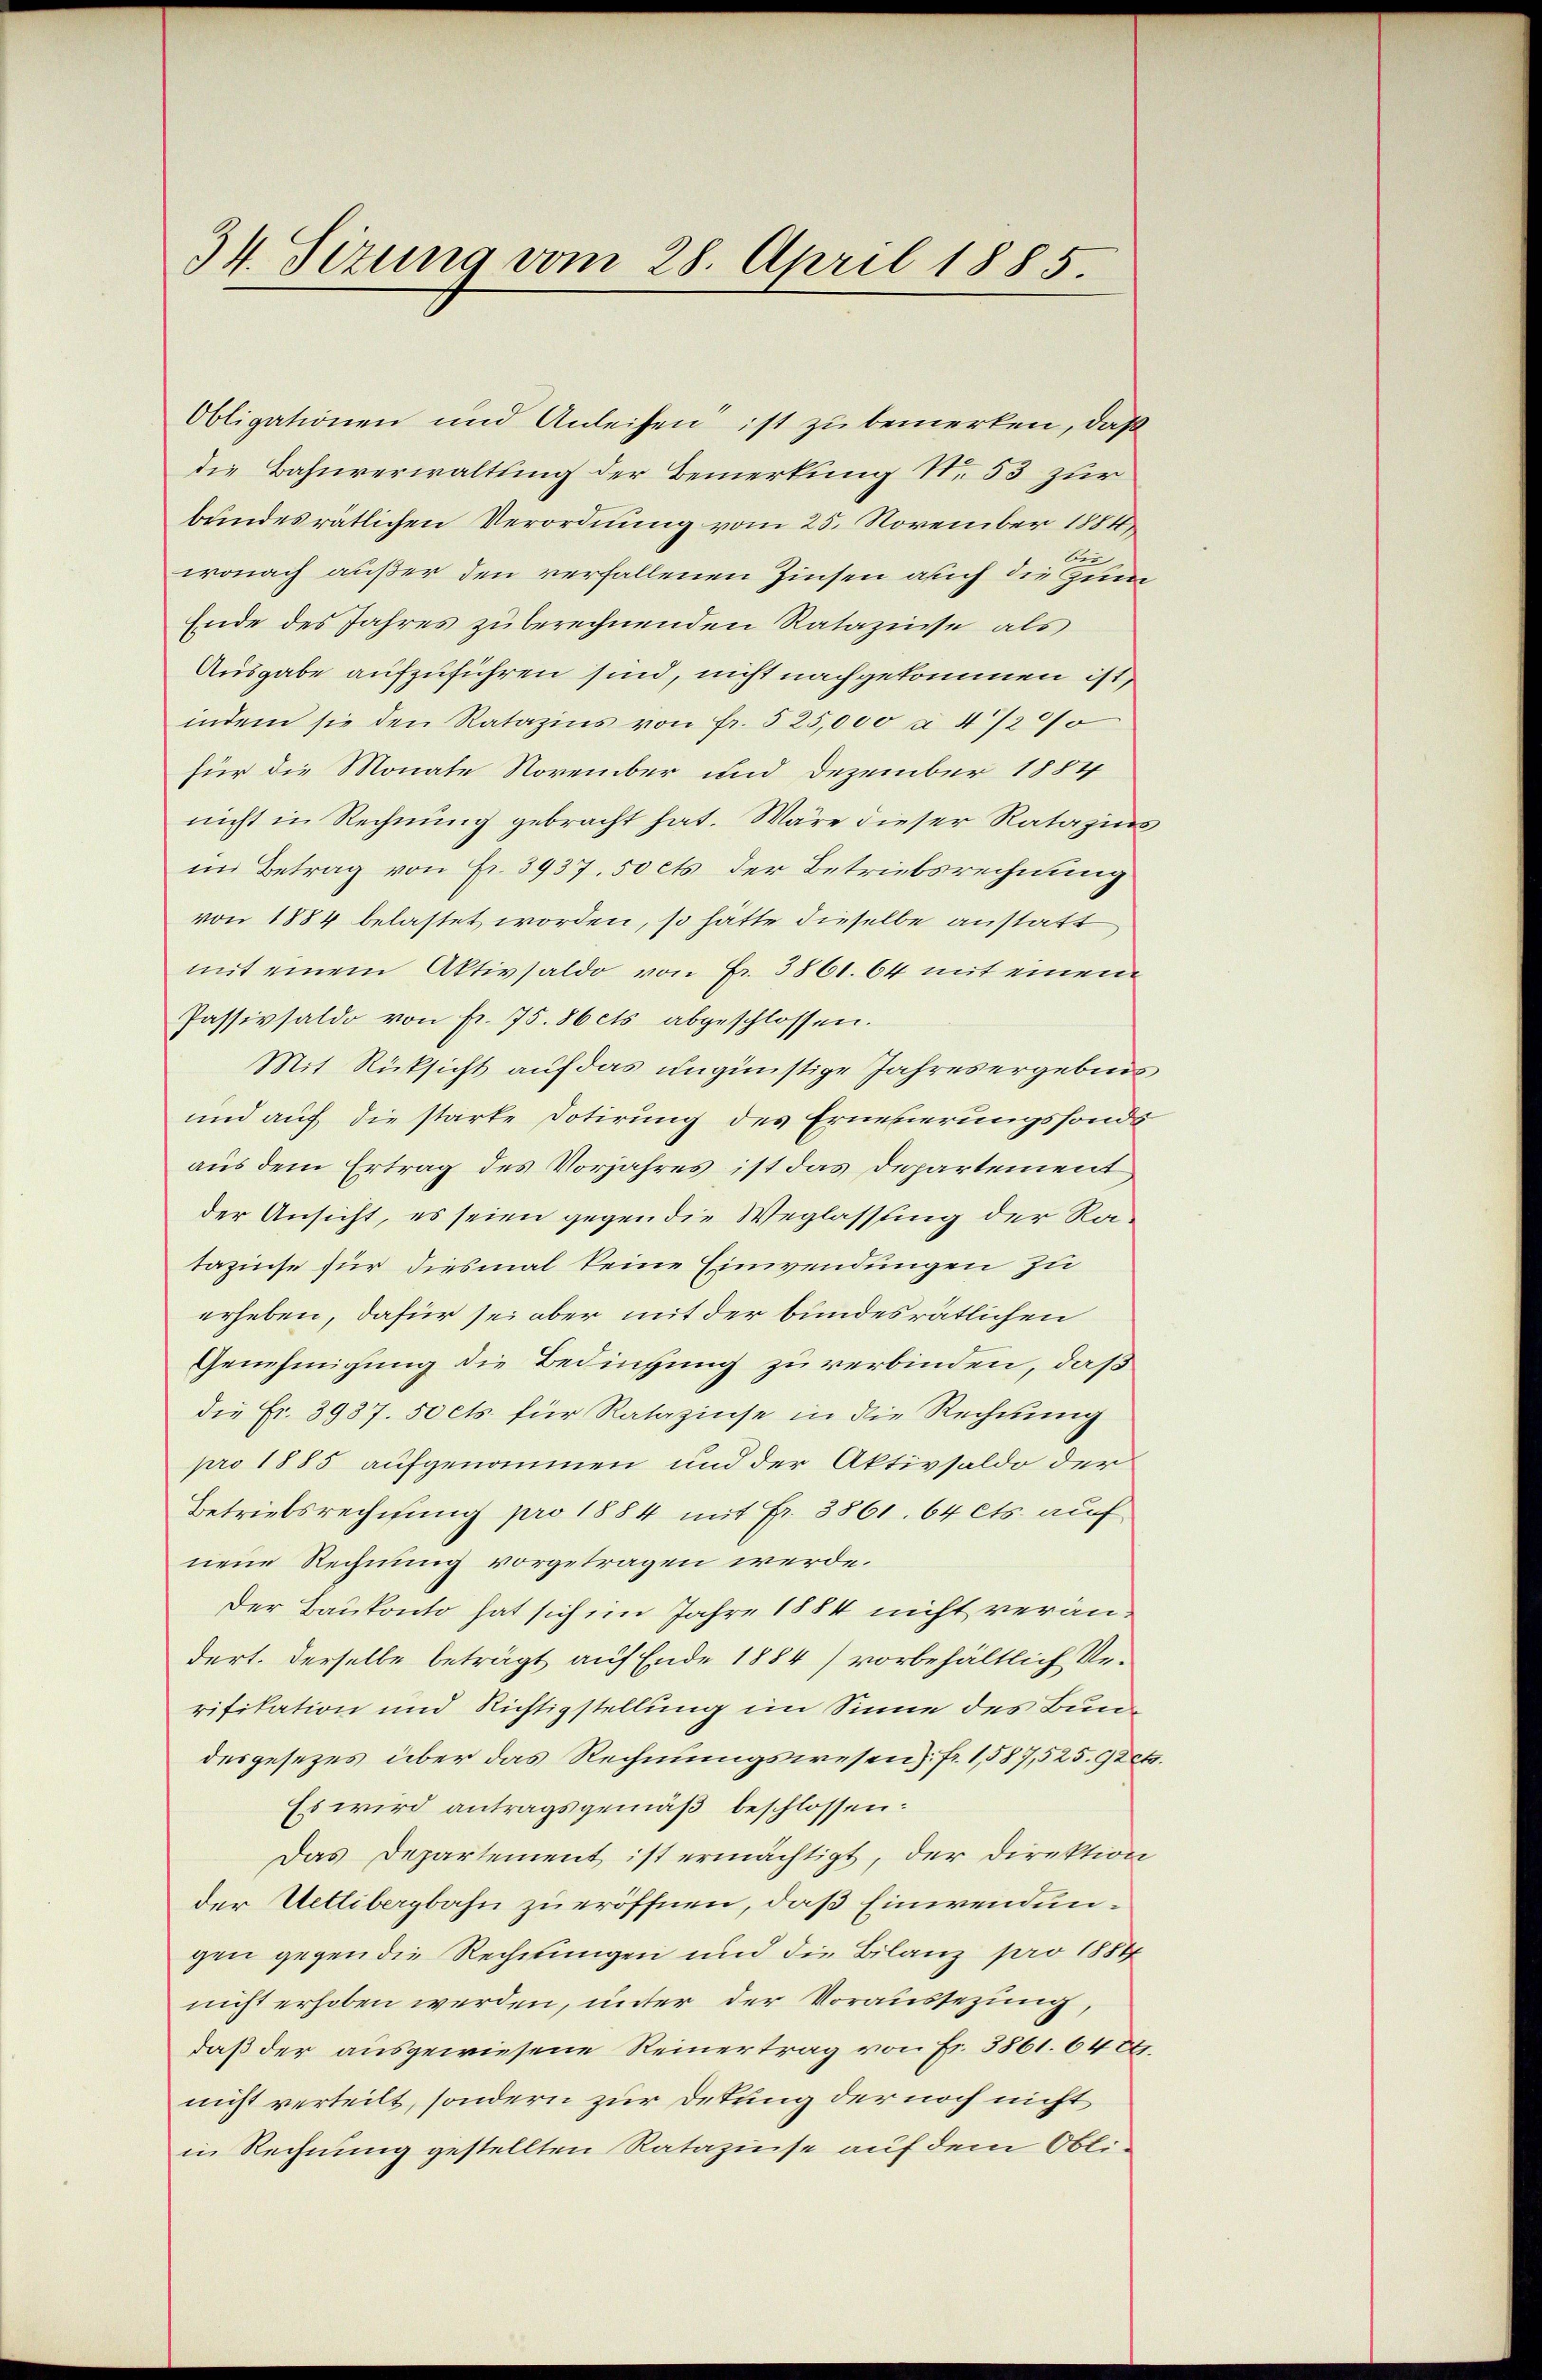
34. Sizung vom 28. April 1885.

Obligationen und Anleisen ist zu bemerken, daß
die Bahnverwaltung der Bemerkung N. 53 zur
bundesrätlichen Verordnung vom 25. November 1884
bei
wonach außer den verfallenen Zinsen auch die Zum
Ende des Jahres zu berechnenden Ratazinse als
Ausgabe aufzuführen sind, nicht nachgekommen ist,
indem sie den Ratazins von fr. 525,000 à 4/20/
für die Monate November und Dezember 1884
nicht in Rechnung gebracht hat. Wäre dieser Ratazins
im Betrag von Fr. 3937. 50 cts der Betriebsrechnung
von 1884 belastet worden, so hätte dieselbe anstatt
mit einem Aktivsaldo von Fr. 3861. 64 mit einem
Passivsaldo von fr. 75. 86 cts abgeschlossen.
Mit Rücksicht auf das ungünstige Jahresergebnis
und auf die starke Dotirung des Erneuerungsfonds
aus dem Ertrag des Vorjahres ist das Departement
der Ansicht, es seien gegen die Weglassung der Ratazinse für diesmal keine Einwendungen zu
erheben, dafür sei aber mit der bundesrätlichen
Genehmigung die Bedingung zu verbinden, daß
die Fr. 3987. 50 cts. für Ratazinse in die Rechnung
pro 1885 aufgenommen und der Aktivsaldo der
Betriebsrechnung pro 1884 mit Fr. 3861. 64 cts. auf
nene Rechnung vorgetragen werde.
Der Baukonto hat sich im Jahre 1884 nicht verändert. Derselbe beträgt auf Ende 1884) vorbehältlich Verifikation und Richtigstellung im Sinne des Bundesgesezes über das Rechnungswesen). Fr. 1,587,525.92cto
Es wird antragsgemäß beschlossen:
Das Departement ist ermächtigt, der Direktion
der Uetlibergbahn zu eröffnen, daß Einwendungen gegen die Rechnungen und die Bilanz pro 1884
nicht erhoben werden, unter der Voraussezung,
daß der ausgewiesene Reinertrag von Fr. 3861. 6489.
nicht verteilt, sondern zur Detung der noch nicht
in Rechnung gestellten Ratazinse auf dem Obli¬